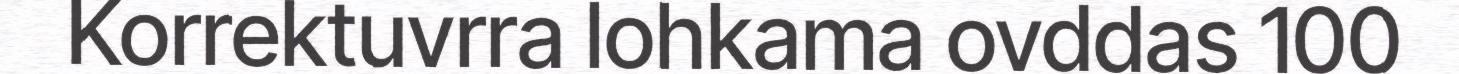
Korrektuvrra lohkama ovddas 100